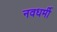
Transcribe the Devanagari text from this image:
नवधर्मी